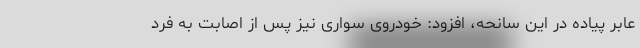
عابر پیاده در این سانحه، افزود: خودروی سواری نیز پس از اصابت به فرد